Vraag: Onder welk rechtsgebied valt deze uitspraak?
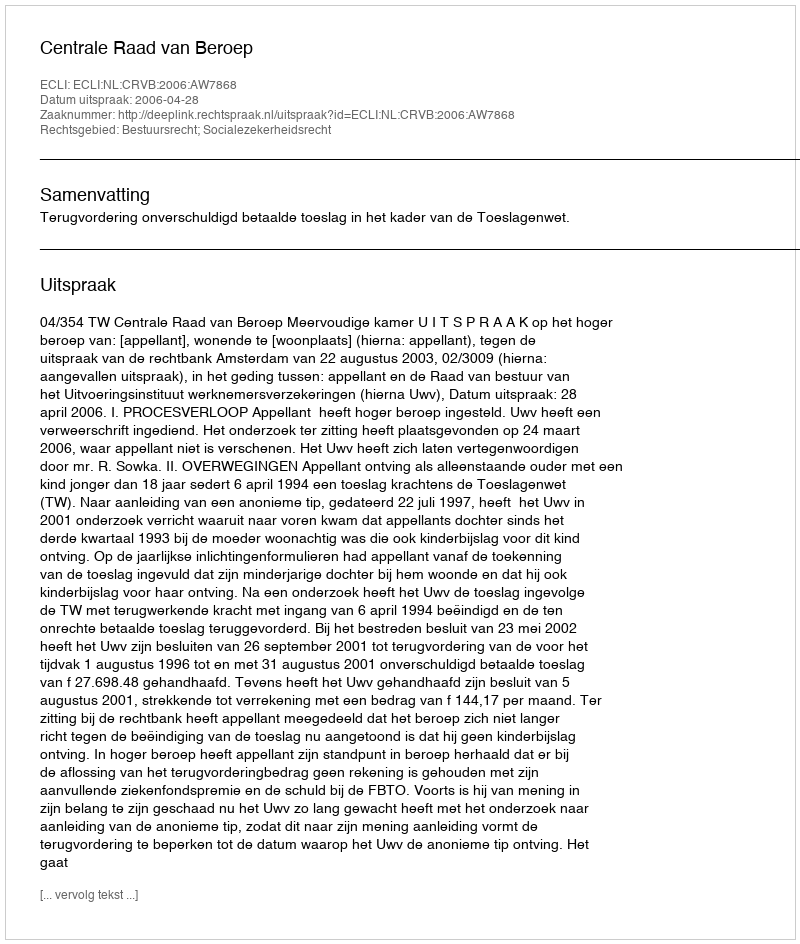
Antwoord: Bestuursrecht; Socialezekerheidsrecht